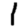
Digit: 1